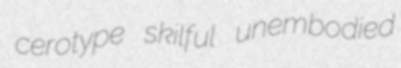
cerotype skilful unembodied